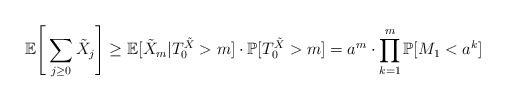
\begin{align*} \mathbb{E}\Bigg[\sum_{j\geq 0} \tilde{X}_j\Bigg]\geq \mathbb{E}[\tilde{X}_m|T_0^{\tilde{X}}>m]\cdot\mathbb{P}[T_0^{\tilde{X}}>m]= a^m\cdot \prod_{k=1}^{m}\mathbb{P}[M_1<a^k] \end{align*}